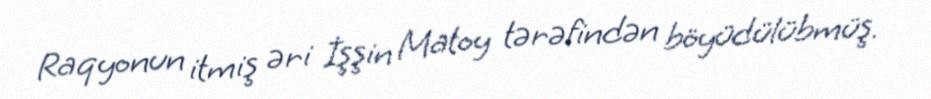
Raqyonun itmiş əri İşşin Matoy tərəfindən böyüdülübmüş.